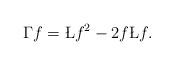
LaTeX: \begin{align*}\Gamma f = \L f^2 - 2 f \L f. \end{align*}